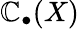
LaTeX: \mathbb{C}_{\bullet}(X)